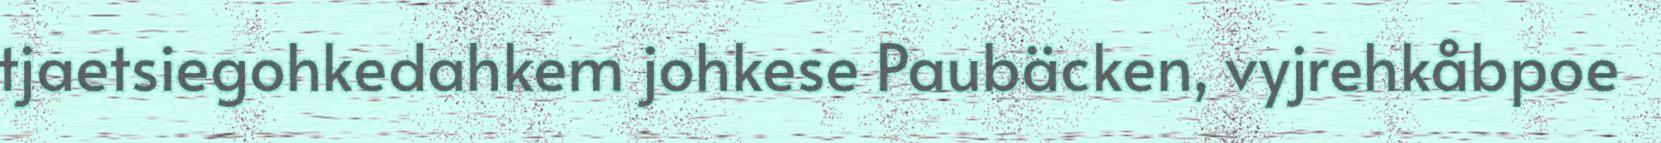
tjaetsiegohkedahkem johkese Paubäcken, vyjrehkåbpoe